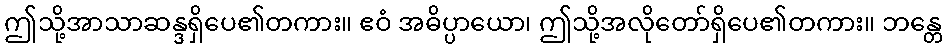
ဤသို့အာသာဆန္ဒရှိပေ၏တကား။ ဧဝံ အဓိပ္ပာယော၊ ဤသို့အလိုတော်ရှိပေ၏တကား။ ဘန္တေ